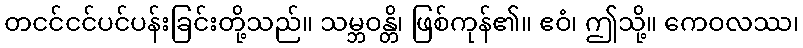
တငင်ငင်ပင်ပန်းခြင်းတို့သည်။ သမ္ဘဝန္တိ၊ ဖြစ်ကုန်၏။ ဧဝံ၊ ဤသို့။ ကေဝလဿ၊